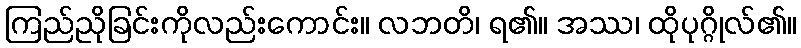
ကြည်ညိုခြင်းကိုလည်းကောင်း။ လဘတိ၊ ရ၏။ အဿ၊ ထိုပုဂ္ဂိုလ်၏။